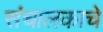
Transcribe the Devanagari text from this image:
संचालकाचे